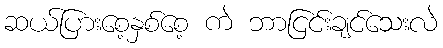
ဆယ်ပြားစေ့နှစ်စေ့ ကဲ ဘာငြင်းချင်သေးလဲ